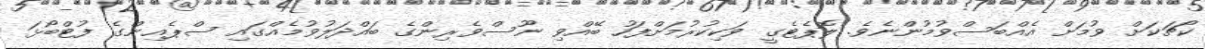
ކޯޗަކަށް ވުމަށް އެއްބަސްވުމުންނެވެ. ލޮޕެޓެގީ ވަކިކުރުމަށްފަހު ބޭއްވި ނޫސްވެރިންގެ ބައްދަލުވުމެއްގައި ސްޕެއިންގެ ފުޓްބޯޅަ